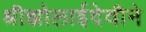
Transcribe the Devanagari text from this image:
श्रीझोलाईदेवीने